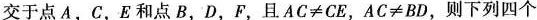
交于点A，C，E和点B，D，F，且$$A C ≠ C E$$，$$A C ≠ B D$$，则下列四个